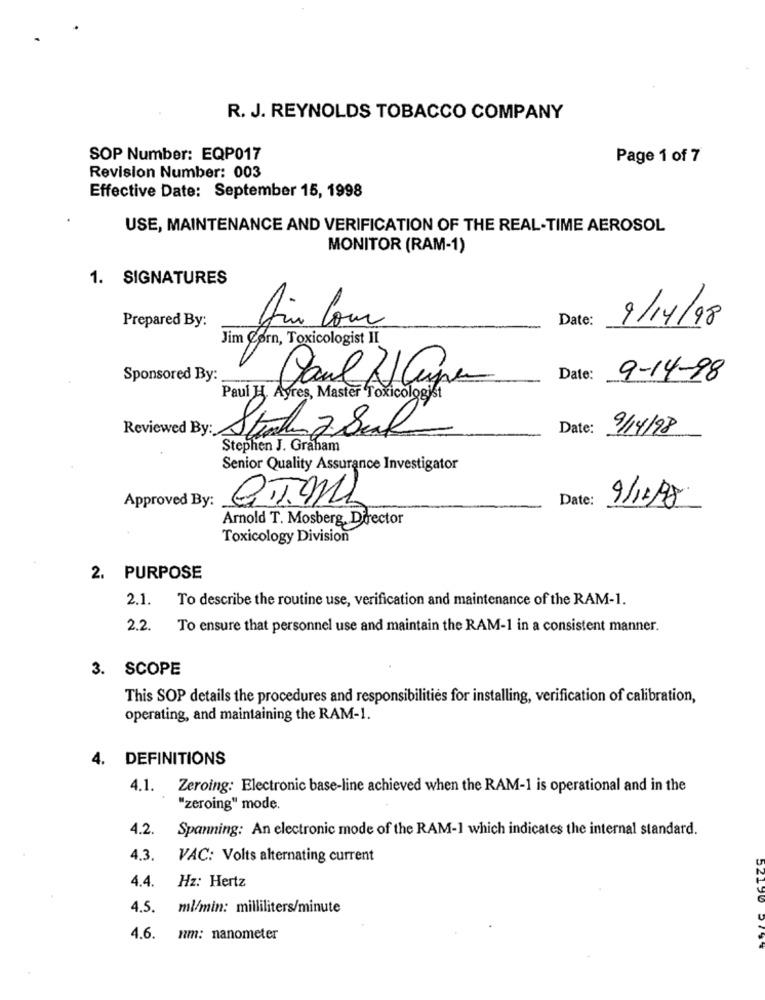
R. J. REYNOLDS TOBACCO COMPANY
SOP Number: EQP017
Page 1 of 7
Revision Number: 003
Effective Date: September 15, 1998
USE, MAINTENANCE AND VERIFICATION OF THE REAL-TIME AEROSOL
MONITOR (RAM-1)
1. SIGNATURES
Prepared By:
Date:
9/14/98
Din Cour
Jim Corn, Toxicologist II
Sponsored By:
Paul Dano
Date:
9-14-98
Paul H. Ayres, Master Toxicologist
Reviewed By:
Date:
9/14/98
Stephen J. Graham
Senior Quality Assurance Investigator
Approved By:
Date:
9/12/98
Arnold T. Mosberg, Director
Toxicology Division
2. PURPOSE
2.1.
To describe the routine use, verification and maintenance of the RAM-1.
2.2. To ensure that personnel use and maintain the RAM-1 in a consistent manner.
3. SCOPE
This SOP details the procedures and responsibilities for installing, verification of calibration,
operating, and maintaining the RAM-1.
4. DEFINITIONS
4.1. Zeroing: Electronic base-line achieved when the RAM-1 is operational and in the
"zeroing" mode.
4.2. Spanning: An electronic mode of the RAM-1 which indicates the internal standard.
4.3.
VAC: Volts alternating current
4.4.
Hz: Hertz
4.5. ml/min: milliliters/minute
4.6.
nm: nanometer